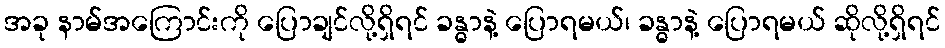
အခု နာမ်အကြောင်းကို ပြောချင်လို့ရှိရင် ခန္ဓာနဲ့ ပြောရမယ်၊ ခန္ဓာနဲ့ ပြောရမယ် ဆိုလို့ရှိရင်